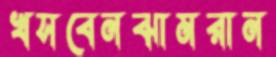
খসবেনঝামরান